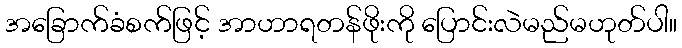
အခြောက်ခံစက်ဖြင့် အာဟာရတန်ဖိုးကို ပြောင်းလဲမည်မဟုတ်ပါ။